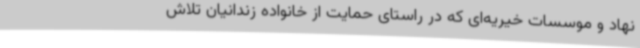
نهاد و موسسات خیریه‌ای که در راستای حمایت از خانواده زندانیان تلاش